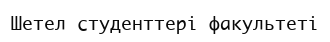
Шетел студенттері факультеті